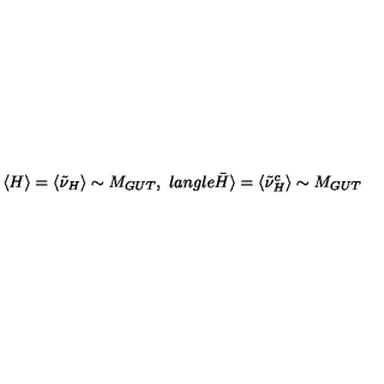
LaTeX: \langle H \rangle = \langle \tilde { \nu } _ { H } \rangle \sim M _ { G U T } , \ l a n g l e \bar { H } \rangle = \langle \tilde { { \nu } } _ { H } ^ { c } \rangle \sim M _ { G U T }